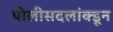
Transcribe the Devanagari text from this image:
पोलीसदलांक्डून